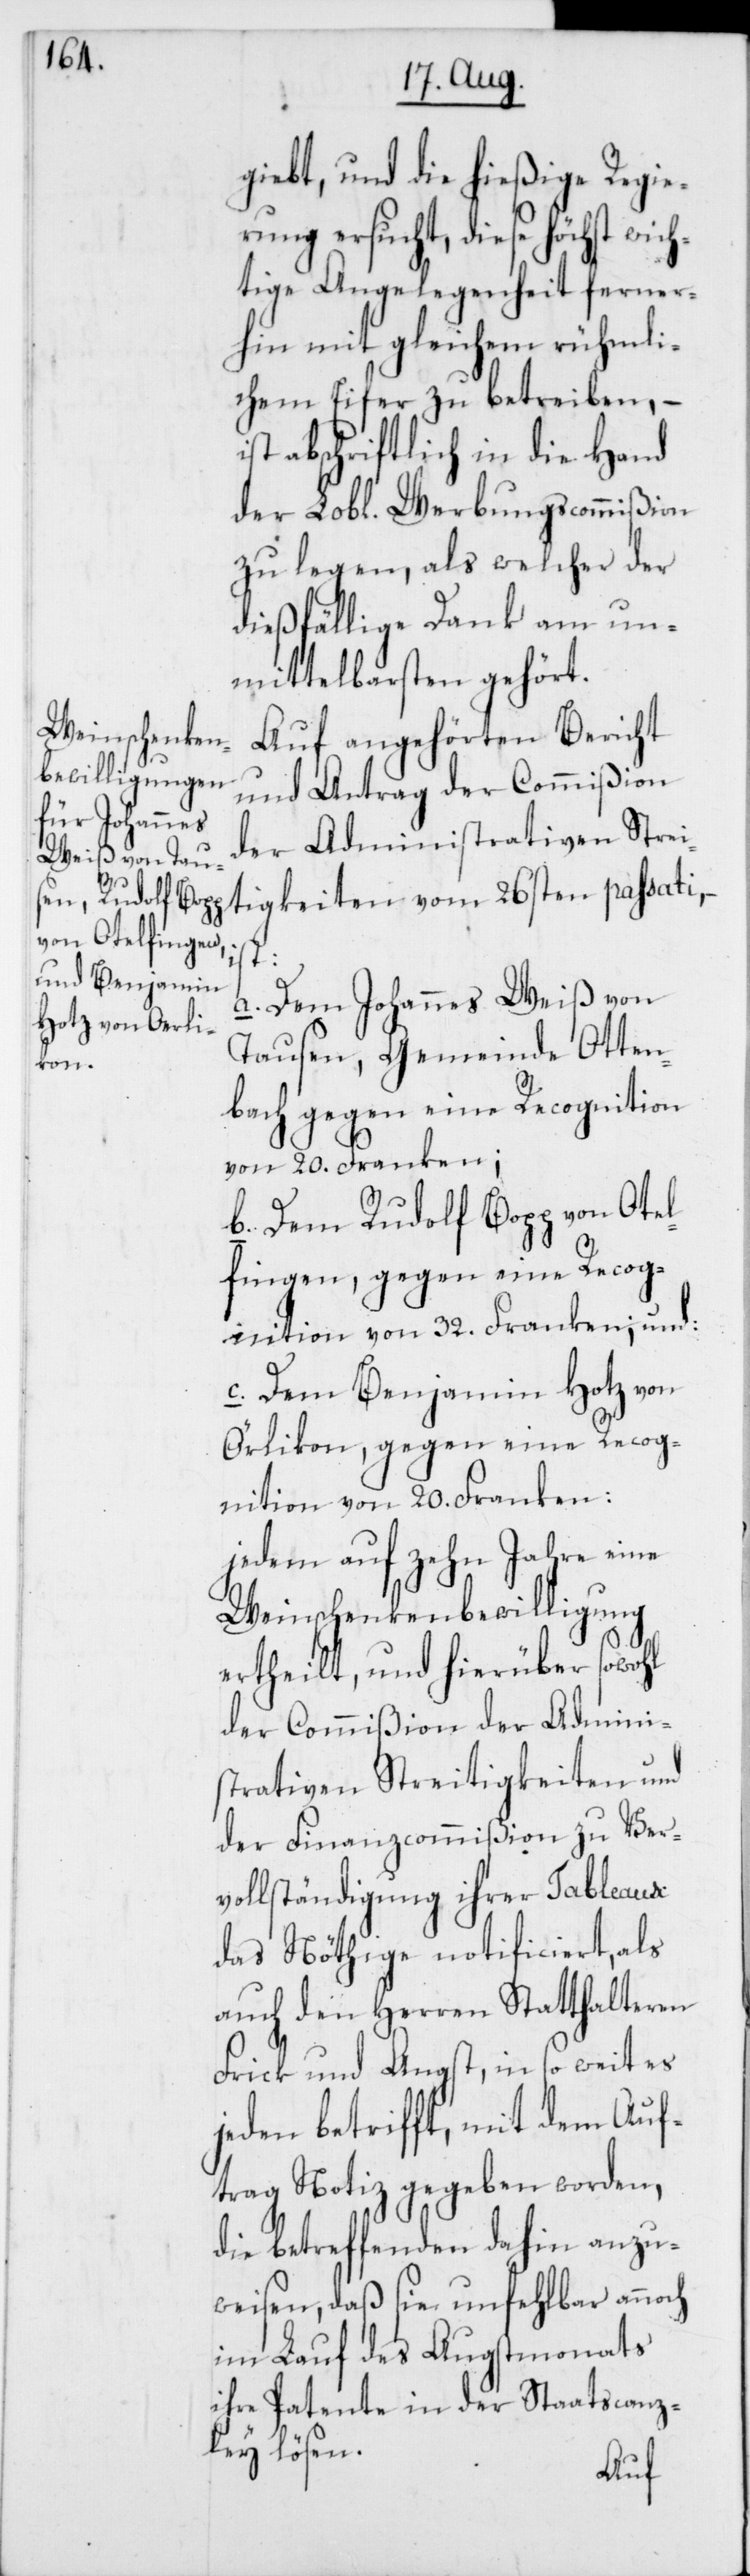
gibt, und die hießige Regie¬
rung ersucht, diese höchst wich¬
tige Angelegenheit ferner¬
hin mit gleichem rühmli¬
chem Eifer zu betreiben, –
ist abschriftlich in die Hand
der L. Werbungscommißion
zu legen, als welcher der
dießfällige Dank am un¬
mittelbarsten gehört.
Auf angehörten Bericht
ist:
a. Dem Johannes Weiß von
Tausen, Gemeinde Otten¬
bach gegen eine Recognition
von 20. Franken;
b. Dem Rudolf Bopp von Otel¬
fingen, gegen eine Recog¬
nition von 32. Franken; und:
c. Dem Benjamin Hotz von
Örlikon, gegen eine Recog¬
nition von 20. Franken:
jedem auf zehn Jahre eine
Weinschenkenbewilligung
ertheilt, und hierüber sowohl
der Commißion der Admini¬
strativen Streitigkeiten und
der Finanzcommißion zu Ver¬
vollständigung ihrer Tableaux
das Nöthige notificiert, als
auch den Herren Statthalteren
Frick und Angst, in so weit es
jeden betrifft, mit dem Auf¬
trag Notiz gegeben worden,
die betreffenden dahin anzu¬
weisen, daß sie unfehlbar annoch
im Lauf des Augstmonats
ihre Patente in der Staatscanz¬
ley lösen.